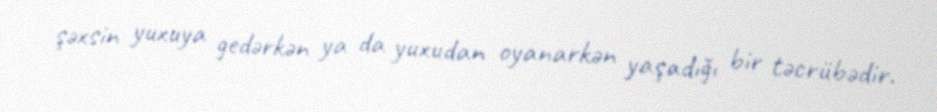
şəxsin yuxuya gedərkən ya da yuxudan oyanarkən yaşadığı bir təcrübədir.